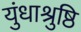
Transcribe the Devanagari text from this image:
युंधाश्रुष्ठि